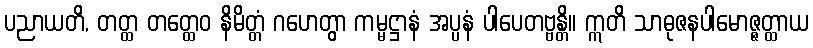
ပညာယတိ, တတ္ထ တတ္ထေဝ နိမိတ္တံ ဂဟေတွာ ကမ္မဋ္ဌာနံ အပ္ပနံ ပါပေတဗ္ဗန္တိ။ ဣတိ သာဓုဇနပါမောဇ္ဇတ္ထာယ